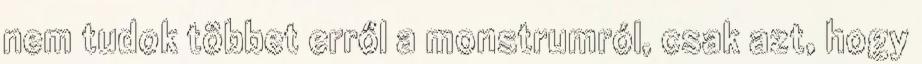
nem tudok többet erről a monstrumról, csak azt, hogy